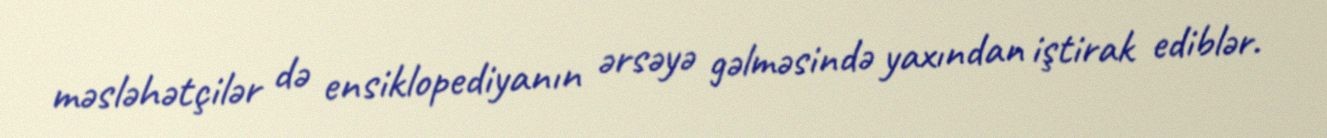
məsləhətçilər də ensiklopediyanın ərsəyə gəlməsində yaxından iştirak ediblər.